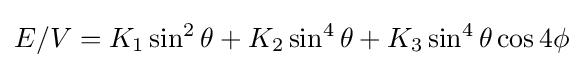
\displaystyle E/V=K_{1}\sin ^{2}\theta +K_{2}\sin ^{4}\theta +K_{3}\sin ^{4}\theta \cos 4\phi